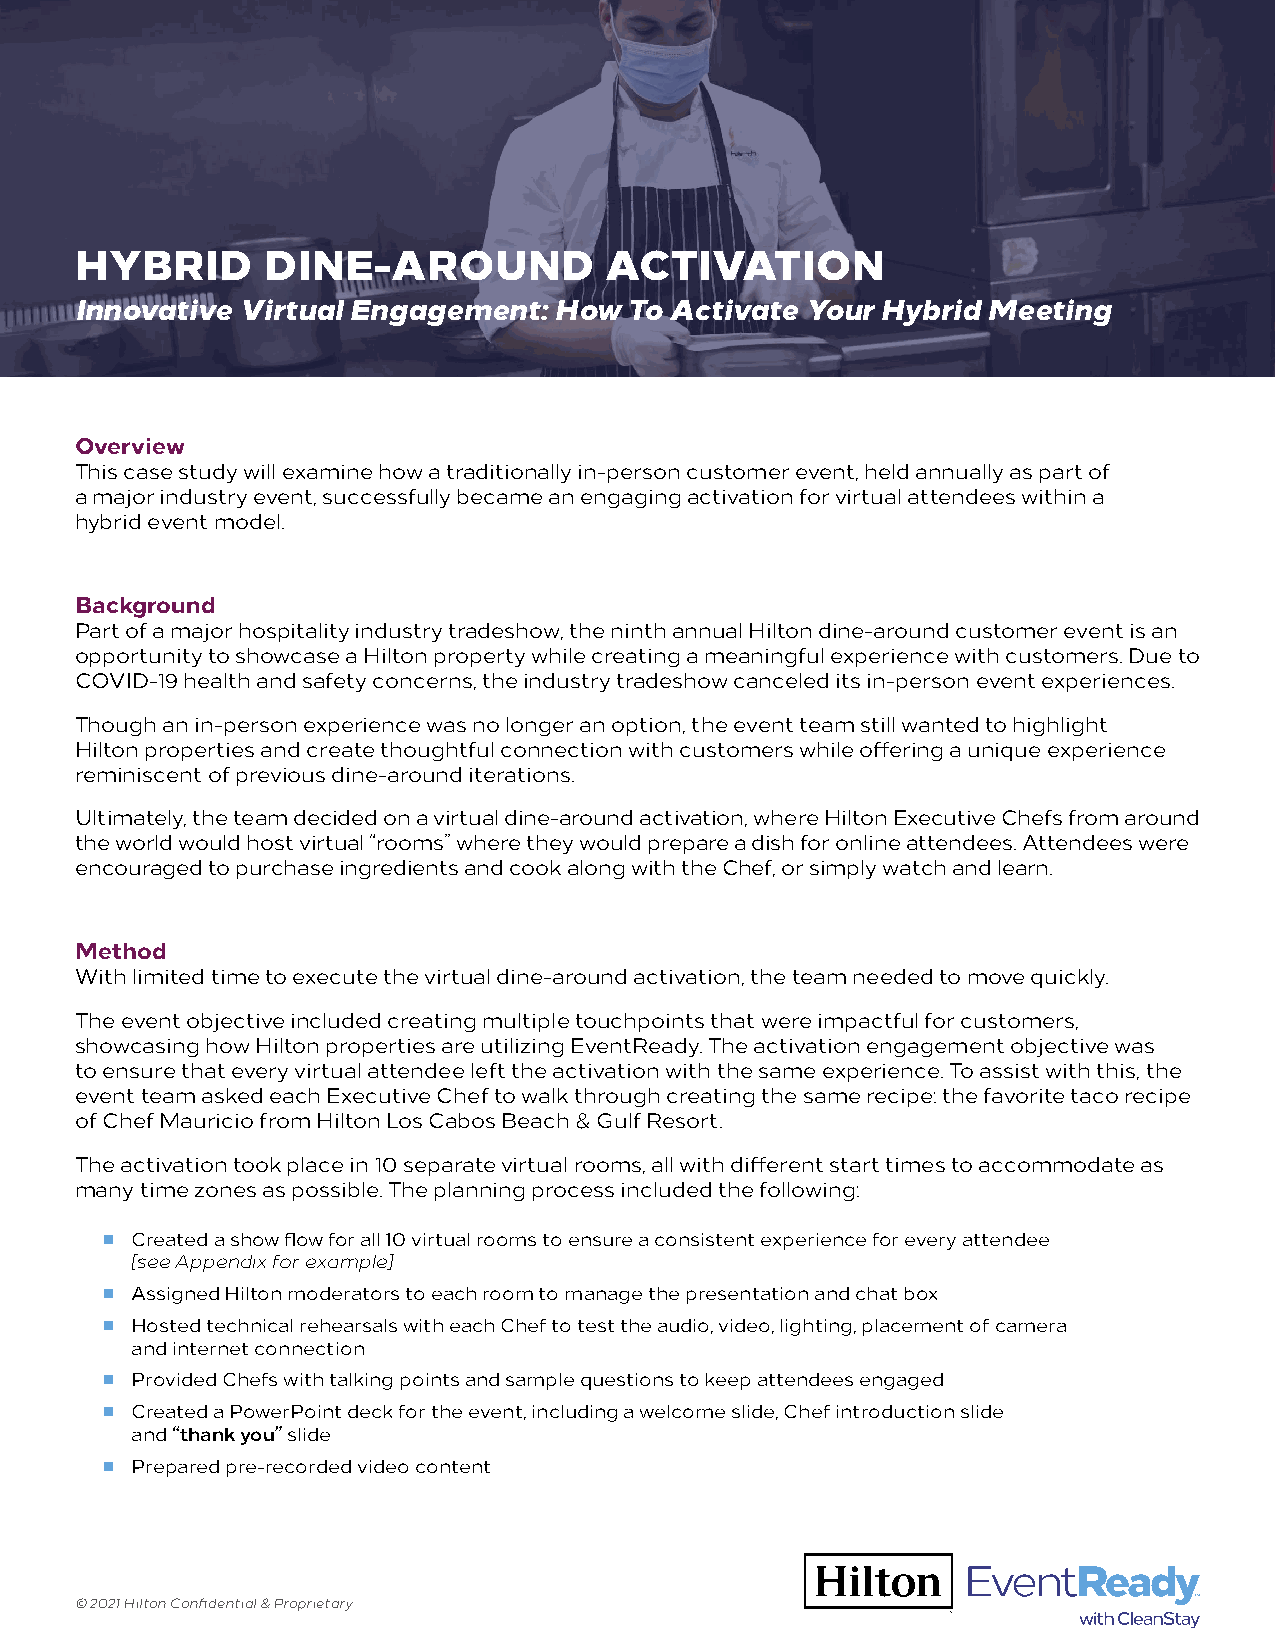
HYBRID      DINE-AROUND            ACTIVATION
 Innovative Virtual Engagement:  How  To Activate Your Hybrid Meeting
 Overview
 This case study will examine how a traditionally in-person customer event, held annually as part of
 a major industry event, successfully became an engaging activation for virtual attendees within a
 hybrid event model.
 Background
 Part of a major hospitality industry tradeshow, the ninth annual Hilton dine-around customer event is an
 opportunity to showcase a Hilton property while creating a meaningful experience with customers. Due to
 COVID-19 health and safety concerns, the industry tradeshow canceled its in-person event experiences.
 Though an in-person experience was no longer an option, the event team still wanted to highlight
 Hilton properties and create thoughtful connection with customers while offering a unique experience
 reminiscent of previous dine-around iterations.
 Ultimately, the team decided on a virtual dine-around activation, where Hilton Executive Chefs from around
 the world would host virtual “rooms” where they would prepare a dish for online attendees. Attendees were
 encouraged to purchase ingredients and cook along with the Chef, or simply watch and learn.
 Method
 With limited time to execute the virtual dine-around activation, the team needed to move quickly.
 The event objective included creating multiple touchpoints that were impactful for customers,
 showcasing how Hilton properties are utilizing EventReady. The activation engagement objective was
 to ensure that every virtual attendee left the activation with the same experience. To assist with this, the
 event team asked each Executive Chef to walk through creating the same recipe: the favorite taco recipe
 of Chef Mauricio from Hilton Los Cabos Beach & Gulf Resort.
 The activation took place in 10 separate virtual rooms, all with different start times to accommodate as
 many time zones as possible. The planning process included the following:
 ■ Created a show flow for all 10 virtual rooms to ensure a consistent experience for every attendee
 [see Appendix for example]
 ■ Assigned Hilton moderators to each room to manage the presentation and chat box
 ■ Hosted technical rehearsals with each Chef to test the audio, video, lighting, placement of camera
 and internet connection
 ■ Provided Chefs with talking points and sample questions to keep attendees engaged
 ■ Created a PowerPoint deck for the event, including a welcome slide, Chef introduction slide
 and “thank you” slide
 ■ Prepared pre-recorded video content
 © 2021 Hilton Confidential & Proprietary